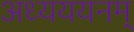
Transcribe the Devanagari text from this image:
अध्यययनम्